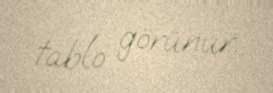
tablo görünur.